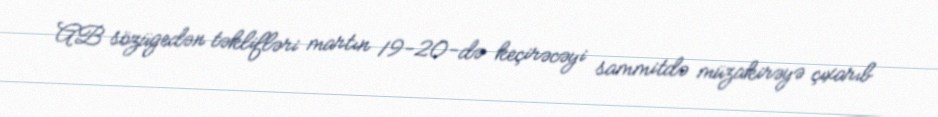
AB sözügedən təklifləri martın 19-20-də keçirəcəyi sammitdə müzakirəyə çıxarıb